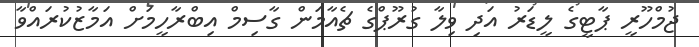
ޖުމްހޫރީ ޕާޓީގެ ލީޑަރު އަދި ވިލާ ގުރޫޕްގެ ޗެއާމަން ގާސިމް އިބްރާހީމަށް އަމާޒުކުރައްވާ